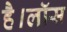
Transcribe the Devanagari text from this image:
है।लॉस